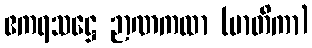
ဧကရသဋ္ဌေ ဉာဏကထာ (မာတိကာ)